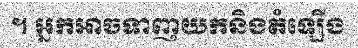
។ អ្នកអាចទាញយកនិងតំឡើង